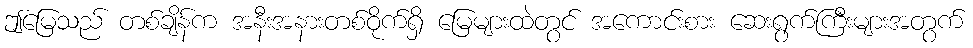
ဤမြေသည် တစ်ချိန်က အနီးအနားတစ်ဝိုက်ရှိ မြေများထဲတွင် အကောင်းစား ဆေးရွက်ကြီးများအတွက်